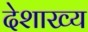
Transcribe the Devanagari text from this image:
देशाख्य